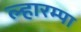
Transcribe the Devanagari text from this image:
ल्हारम्पा